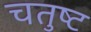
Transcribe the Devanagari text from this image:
चतुष्‍ट